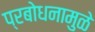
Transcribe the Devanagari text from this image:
प्रबोधनामुळे